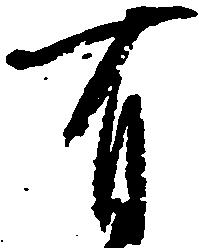
有